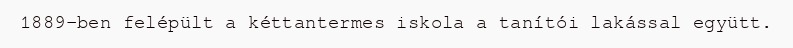
1889-ben felépült a kéttantermes iskola a tanítói lakással együtt.